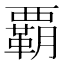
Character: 覇